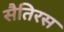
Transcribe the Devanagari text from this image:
सैतिरस